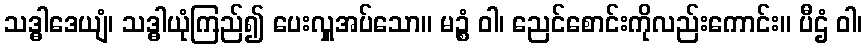
သဒ္ဓါဒေယျံ၊ သဒ္ဓါယုံကြည်၍ ပေးလှူအပ်သော။ မဉ္စံ ဝါ၊ ညေင်စောင်းကိုလည်းကောင်း။ ပီဌံ ဝါ၊